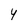
Character: y